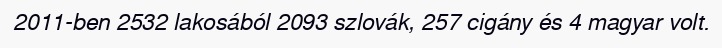
2011-ben 2532 lakosából 2093 szlovák, 257 cigány és 4 magyar volt.